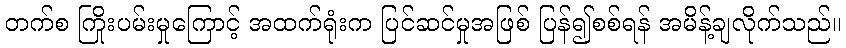
တက်စ ကြိုးပမ်းမှုကြောင့် အထက်ရုံးက ပြင်ဆင်မှုအဖြစ် ပြန်၍စစ်ရန် အမိန့်ချလိုက်သည်။